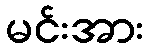
မင်းအား